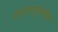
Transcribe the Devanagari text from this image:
प्रसाधनगृहदेखील